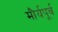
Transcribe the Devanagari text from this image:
मौर्यपूर्व